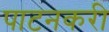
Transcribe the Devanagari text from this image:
पाटनकरी